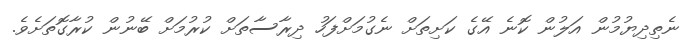
ނެތިދިޔުމުން އަލުން ކޮނެ އޭގެ ކަށިތަށް ނެގުމަށްފަހު ދިރާސާތަށް ކުރުމަށް ބޭނުން ކުރާގޮތަށެވެ.